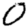
Digit: 0